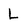
Character: L